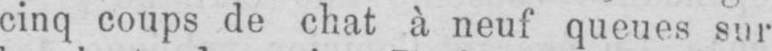
cinq coups de chat à neuf queues sur